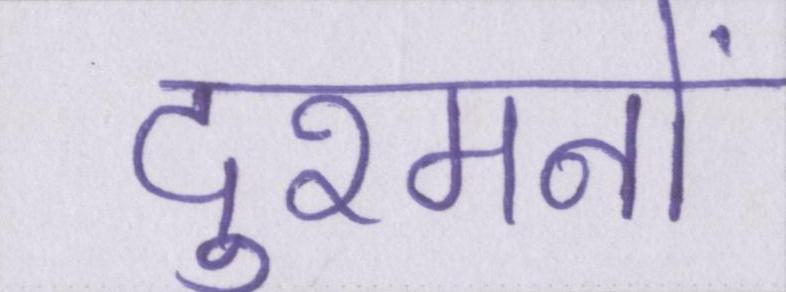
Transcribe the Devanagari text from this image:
दुश्मनों